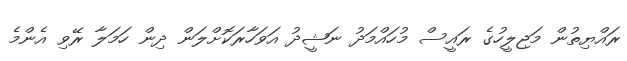
ރައްޔިތުން މަޖިލީހުގެ ރައީސް މުހައްމަދު ނަޝީދު އަވަހާރަކޮށްލަން ދިން ހަމަލާ ރޭވި އެންމެ